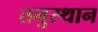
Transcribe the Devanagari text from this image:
तनुस्थान